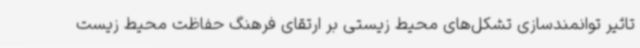
تاثیر توانمندسازی تشکل‌های محیط زیستی بر ارتقای فرهنگ حفاظت محیط زیست